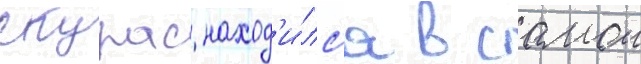
Скурас наход'и́лс'я в самои